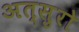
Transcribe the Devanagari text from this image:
अत्सुरो